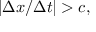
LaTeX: | \Delta x / \Delta t | > c ,